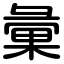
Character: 彙